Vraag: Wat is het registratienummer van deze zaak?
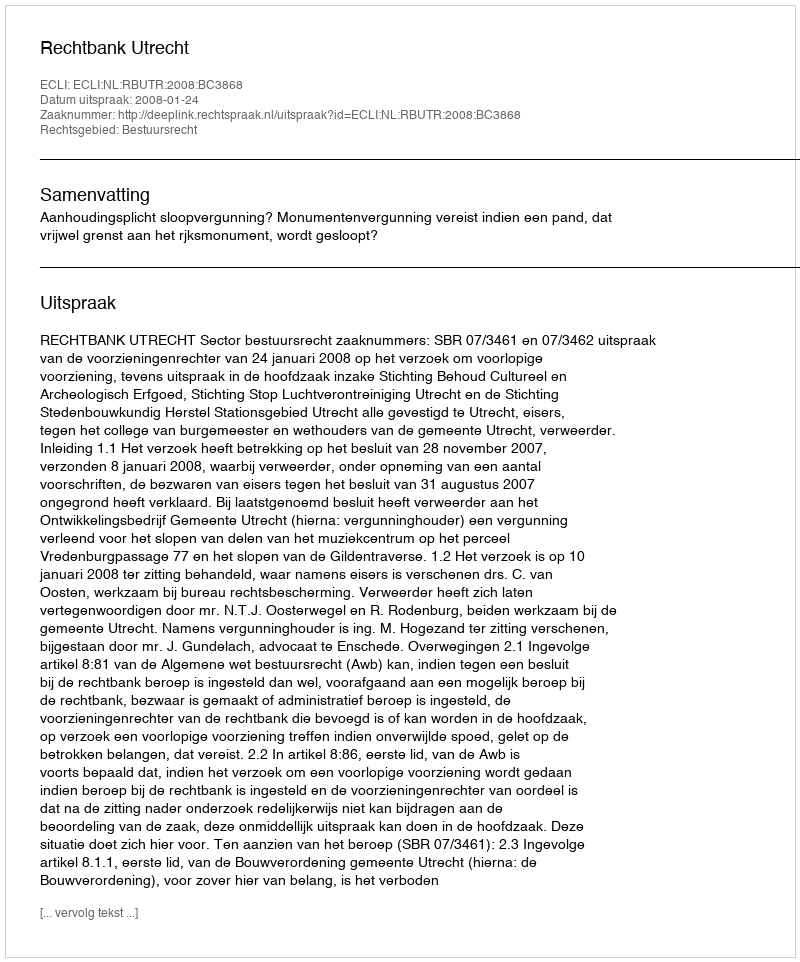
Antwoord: http://deeplink.rechtspraak.nl/uitspraak?id=ECLI:NL:RBUTR:2008:BC3868